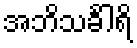
အဘိသင်္ခါရိ